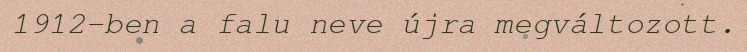
1912-ben a falu neve újra megváltozott.